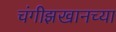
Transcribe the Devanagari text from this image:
चंगीझखानच्या